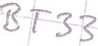
Text: BT33